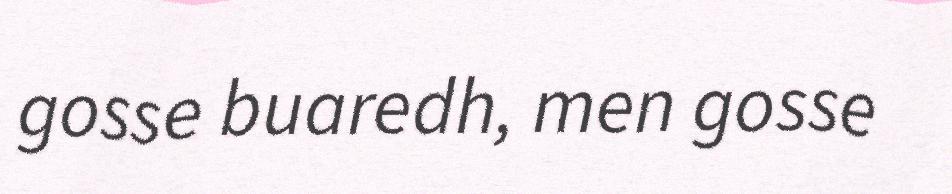
gosse buaredh, men gosse